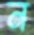
ন